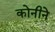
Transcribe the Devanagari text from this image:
कोनीने